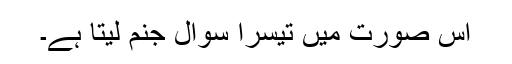
اس صورت میں تیسرا سوال جنم لیتا ہے۔